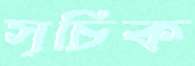
সূচিক